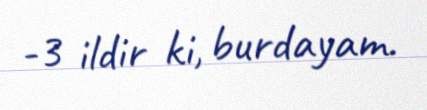
-3 ildir ki, burdayam.